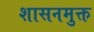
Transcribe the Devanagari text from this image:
शासनमुक्त